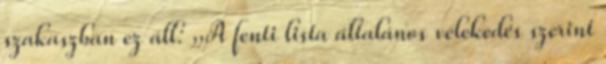
szakaszban ez áll: „A fenti lista általános vélekedés szerint